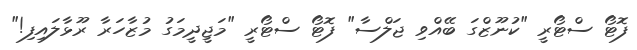
ފޮޓޯ ސްޓޯރީ "ކުނޫޒްގަ ބޭއްވި ޖަލްސާ" ފޮޓޯ ސްޓޯރީ "މަޖީދީމަގު މުޒާހަރާ ރޫޅާލައިފި!"